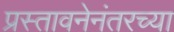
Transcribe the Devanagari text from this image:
प्रस्तावनेनंतरच्या